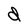
Character: d